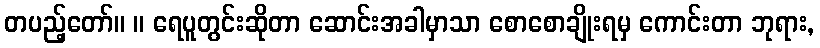
တပည့်တော်။ ။ ရေပူတွင်းဆိုတာ ဆောင်းအခါမှာသာ စောစောချိုးရမှ ကောင်းတာ ဘုရား,